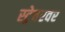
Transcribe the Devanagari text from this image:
स्ट्रेचरवर